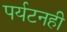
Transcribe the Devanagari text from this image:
पर्यटनही